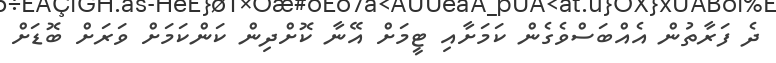
ދެ ފަރާތުން އެއްބަސްވެގެން ކަމަށާއި ޓީމަށް އޭނާ ކޮށްދިން ކަންކަމަށް ވަރަށް ބޮޑަށް